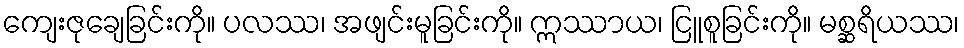
ကျေးဇုချေခြင်းကို။ ပလဿ၊ အဖျင်းမူခြင်းကို။ ဣဿာယ၊ ငြူစူခြင်းကို။ မစ္ဆရိယဿ၊